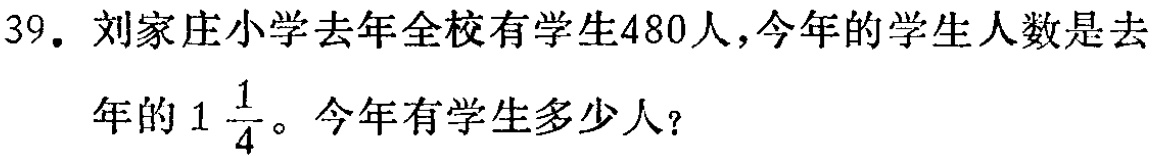
39. 刘家庄小学去年全校有学生480人，今年的学生人数是去年的$1\frac{1}{4}$。今年有学生多少人？